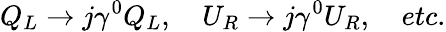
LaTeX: Q_{L}\to j\gamma^{0}Q_{L},\quad U_{R}\to j\gamma^{0}U_{R},\quad etc.